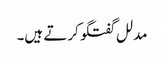
مدلل گفتگو کرتے ہیں۔